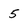
Character: 5